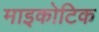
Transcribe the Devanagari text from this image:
माइकोटिक